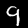
Digit: 9